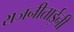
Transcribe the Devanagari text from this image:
राजनीताईनी